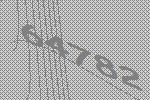
64782